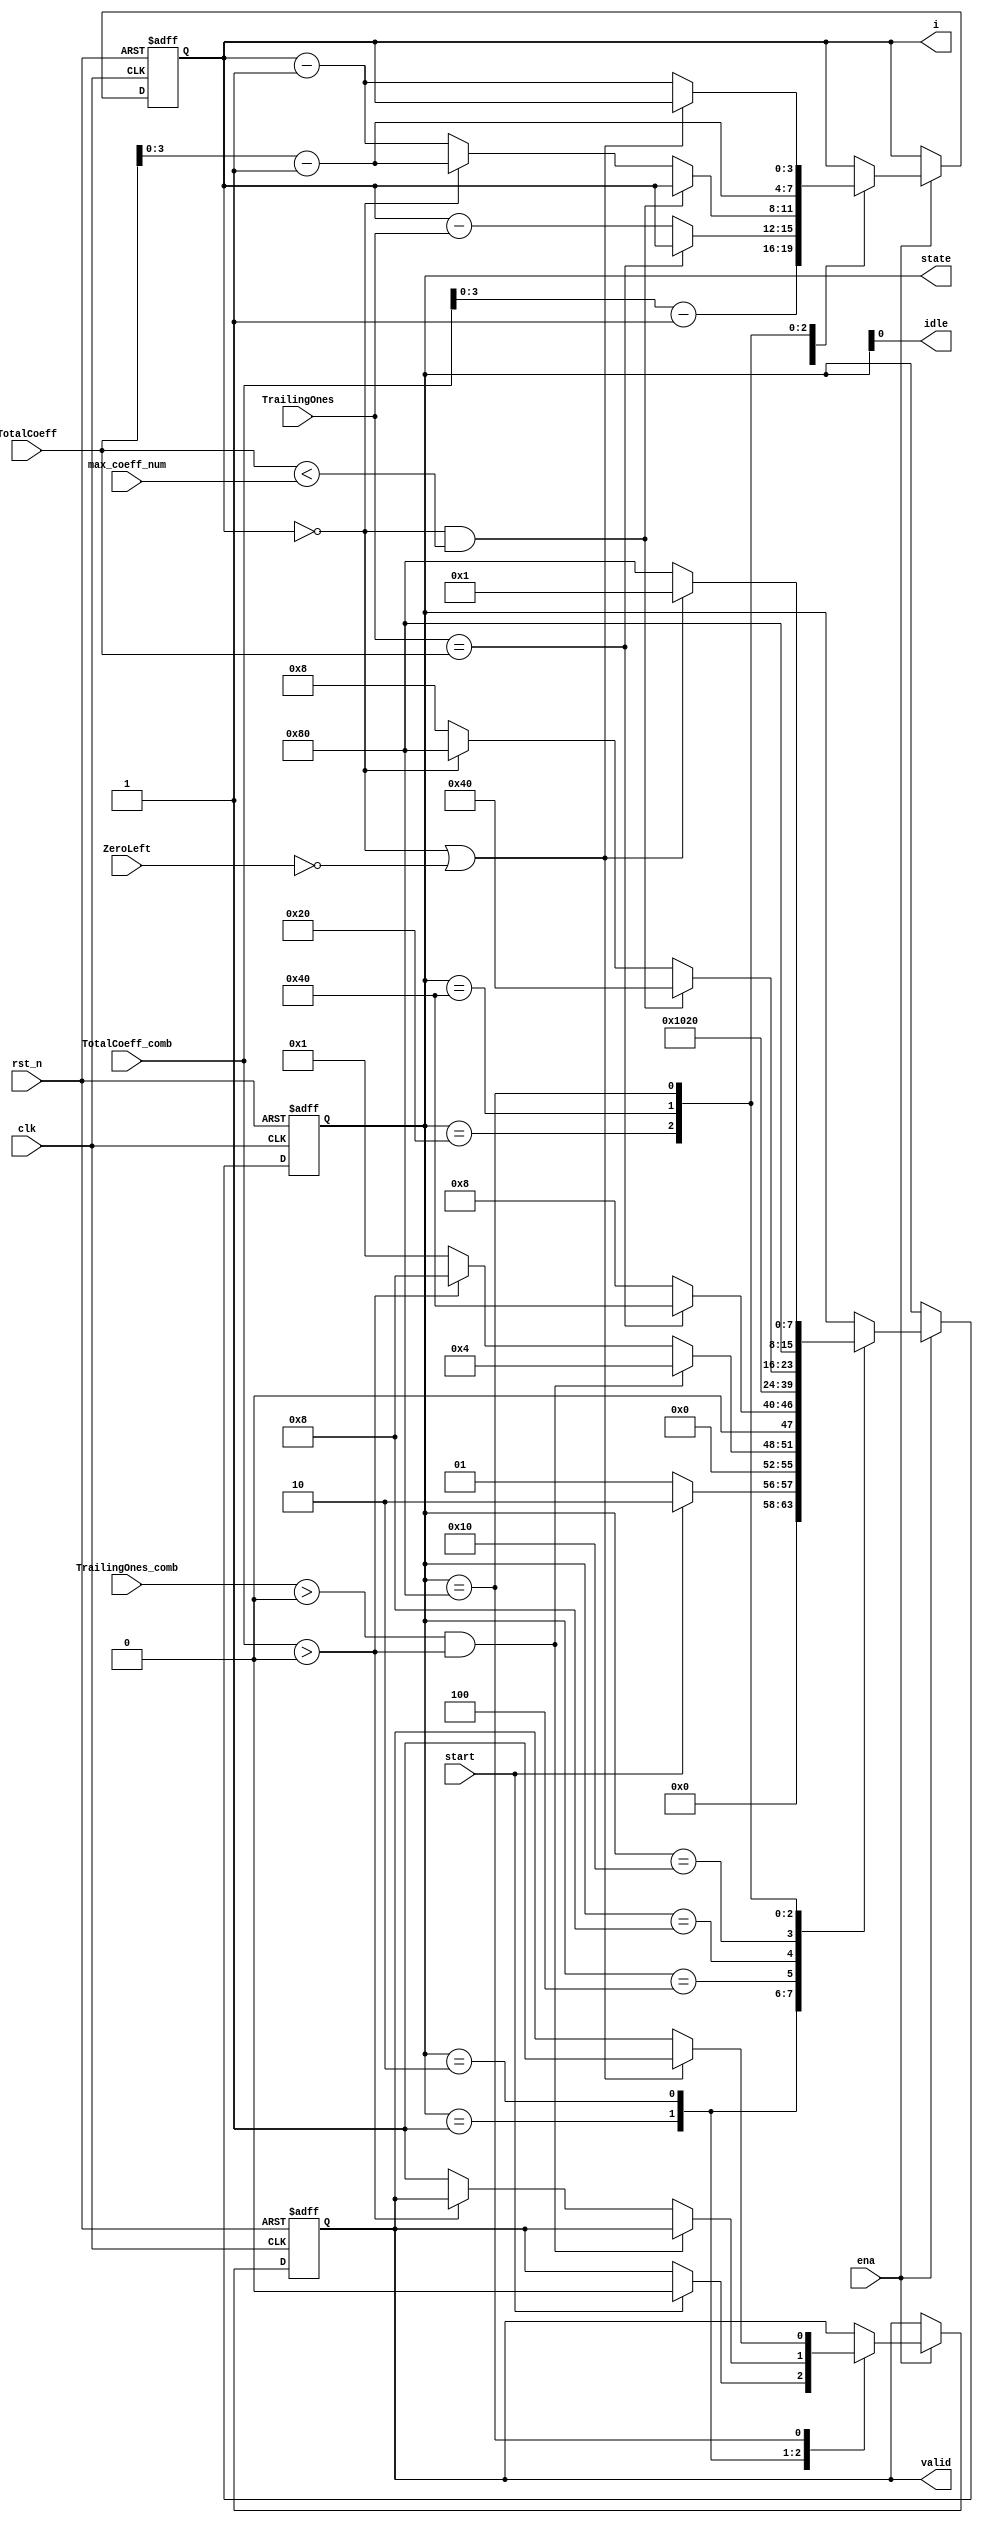
//////////////////////////////////////////////////////////////////////
////                                                              ////
////  cavlc_fsm                                                   ////
////                                                              ////
////  Description                                                 ////
////      controls the cavlc parsing process                      ////
////                                                              ////
////  Author(s):                                                  ////
////      - bin qiu, qiubin@opencores.org                         ////
////                                                              ////
//////////////////////////////////////////////////////////////////////
////                                                              ////
//// Copyright (C) 2011 Authors and OPENCORES.ORG                 ////
////                                                              ////
//// This source file may be used and distributed without         ////
//// restriction provided that this copyright statement is not    ////
//// removed from the file and that any derivative work contains  ////
//// the original copyright notice and the associated disclaimer. ////
////                                                              ////
//// This source file is free software; you can redistribute it   ////
//// and/or modify it under the terms of the GNU Lesser General   ////
//// Public License as published by the Free Software Foundation; ////
//// either version 2.1 of the License, or (at your option) any   ////
//// later version.                                               ////
////                                                              ////
//// This source is distributed in the hope that it will be       ////
//// useful, but WITHOUT ANY WARRANTY; without even the implied   ////
//// warranty of MERCHANTABILITY or FITNESS FOR A PARTICULAR      ////
//// PURPOSE.  See the GNU Lesser General Public License for more ////
//// details.                                                     ////
////                                                              ////
//// You should have received a copy of the GNU Lesser General    ////
//// Public License along with this source; if not, download it   ////
//// from http://www.opencores.org/lgpl.shtml                     ////
////                                                              ////
//////////////////////////////////////////////////////////////////////

//2011-8-7 18:57    initial revision

`timescale 1ns / 1ns // timescale time_unit/time_presicion






















module cavlc_fsm
(
    clk,
    rst_n,
    ena,
    start,
    max_coeff_num,
    TotalCoeff,
    TotalCoeff_comb,
    TrailingOnes,
    TrailingOnes_comb,
    ZeroLeft,
    state,
    i,
    idle,
    valid
);
//------------------------
//ports
//------------------------
input  clk;
input  rst_n;
input  ena;
input  start;

input  [4:0]  max_coeff_num;
input  [4:0]  TotalCoeff;
input  [4:0]  TotalCoeff_comb;
input  [1:0]  TrailingOnes;
input  [1:0]  TrailingOnes_comb;
input  [3:0]  ZeroLeft;

output [7:0]  state;
output [3:0]  i;
output idle;
output valid;

//------------------------
//FFs
//------------------------
reg  [7:0]  state;
reg  [3:0]  i;
reg  valid;

//------------------------
//state & i & valid
//------------------------
always @(posedge clk or negedge rst_n)
if (!rst_n) begin
    state   <= 8'b00000001;
    i <= 0;
    valid <= 0;
end
else if (ena)
case(state)
    8'b00000001 : begin
        if (start) begin
            state <= 8'b00000010;
            valid <= 0;
        end
        else begin
            state <= 8'b00000001;
        end     
    end
    8'b00000010 : begin
        i <= TotalCoeff_comb -1;
        if (TrailingOnes_comb > 0 && TotalCoeff_comb > 0)
            state <= 8'b00000100;
        else if (TotalCoeff_comb > 0)
            state <= 8'b00001000;
        else begin
            state <= 8'b00000001;     
            valid <= 1;
        end
    end
    8'b00000100 : begin
        if (TrailingOnes == TotalCoeff)
            state <= 8'b01000000;         
        else begin
            state <= 8'b00001000;
            i <= i - TrailingOnes;
        end
    end
    8'b00001000 : begin
        state <= 8'b00010000;        
    end
    8'b00010000 : begin
        state <= 8'b00100000;       
    end
    8'b00100000 : begin
        if ( i == 0  && TotalCoeff < max_coeff_num)
            state <= 8'b01000000;
        else if (i == 0) begin
            state <= 8'b10000000;
            i <= TotalCoeff - 1;
        end
        else begin
            state <= 8'b00001000;
            i <= i - 1;
        end
    end 
    8'b01000000 : begin
        state <= 8'b10000000;
        i <= TotalCoeff - 1;
    end
    8'b10000000 : begin
        if (i == 0 || ZeroLeft == 0) begin
            state <= 8'b00000001;
            valid <= 1;
        end
        else begin
            state <= 8'b10000000;
            i <= i - 1;
        end
    end     
endcase

assign idle = state[0];

endmodule